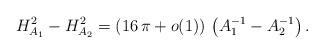
LaTeX: \begin{align*} H_{A_1}^2 - H_{A_2}^2 = \left( 16 \, \pi + o (1) \right) \, \left( A_1^{-1} - A_2^{-1} \right). \end{align*}